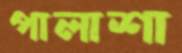
পালাশা